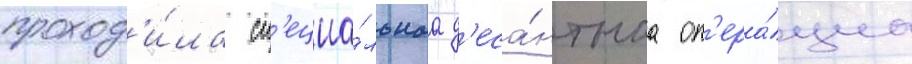
проход'и́ла сп'ециа́льнаа д'еса́нтнаа оп'ера́циа